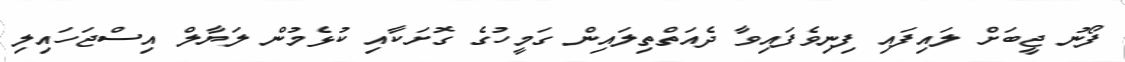
ފޯނު ޖީބަށް ލައިފައި ފިނިވެފައިވާ ދެއަތްތިލައިން ގަމީހުގެ ގޮށަކާއި ކުޅެމުން ލަޔާލް އިސްޖަހައިލި